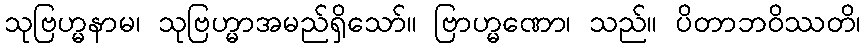
သုဗြဟ္မနာမ၊ သုဗြဟ္မာအမည်ရှိသော်။ ဗြာဟ္မဏော၊ သည်။ ပိတာဘဝိဿတိ၊